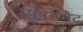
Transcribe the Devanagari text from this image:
मोहोम्मद